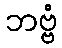
ဘဗ္ဗံ